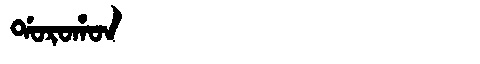
Manchu: ᡩᠣᡵᠣᡥᠣᠨ
Romanization: DOROHON